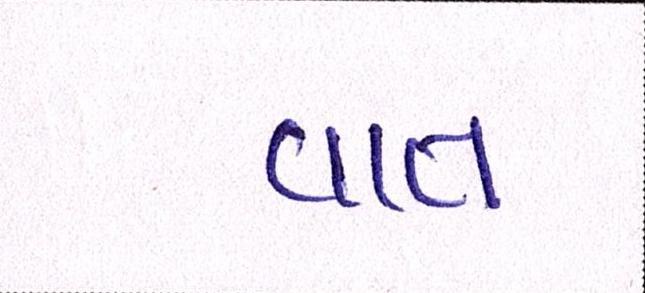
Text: વાત